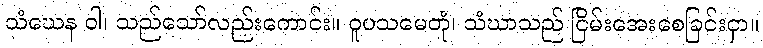
သံဃေန ဝါ၊ သည်သော်လည်းကောင်း။ ဝူပသမေတုံ၊ သံဃာသည် ငြိမ်းအေးစေခြင်းငှာ။